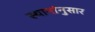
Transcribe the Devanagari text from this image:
स्थानांनुसार